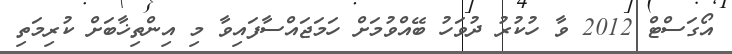
އޯގަސްޓް 2012 ވާ ހުކުރު ދުވަހު ބޭއްވުމަށް ހަމަޖައްސާފައިވާ މި އިންތިޚާބަށް ކުރިމަތި